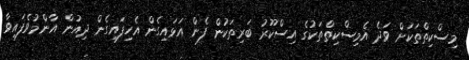
މިސްކިތްތަކަށް ވަދެ އެމިސްކިތްތަކުގެ އިސްކޫރު ބަރިތަކުން ފެން އަޅައިގެން އެހިފައިގެން ދިއުން އާންމުވެފައިވާ